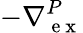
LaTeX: -\nabla{}_{\mathrm{~e~x~}}^{P}